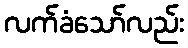
လက်ခံသော်လည်း